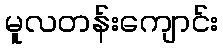
မူလတန်းကျောင်း